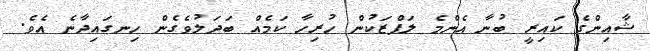
ޝާއިންގެ ކައިރީ ބުނާ އެންމެ ލަފްޒަކުން ހުރިހާ ކަމެއް ބަދަލުވެގެން ހިނގައިދާނެ އެވެ.